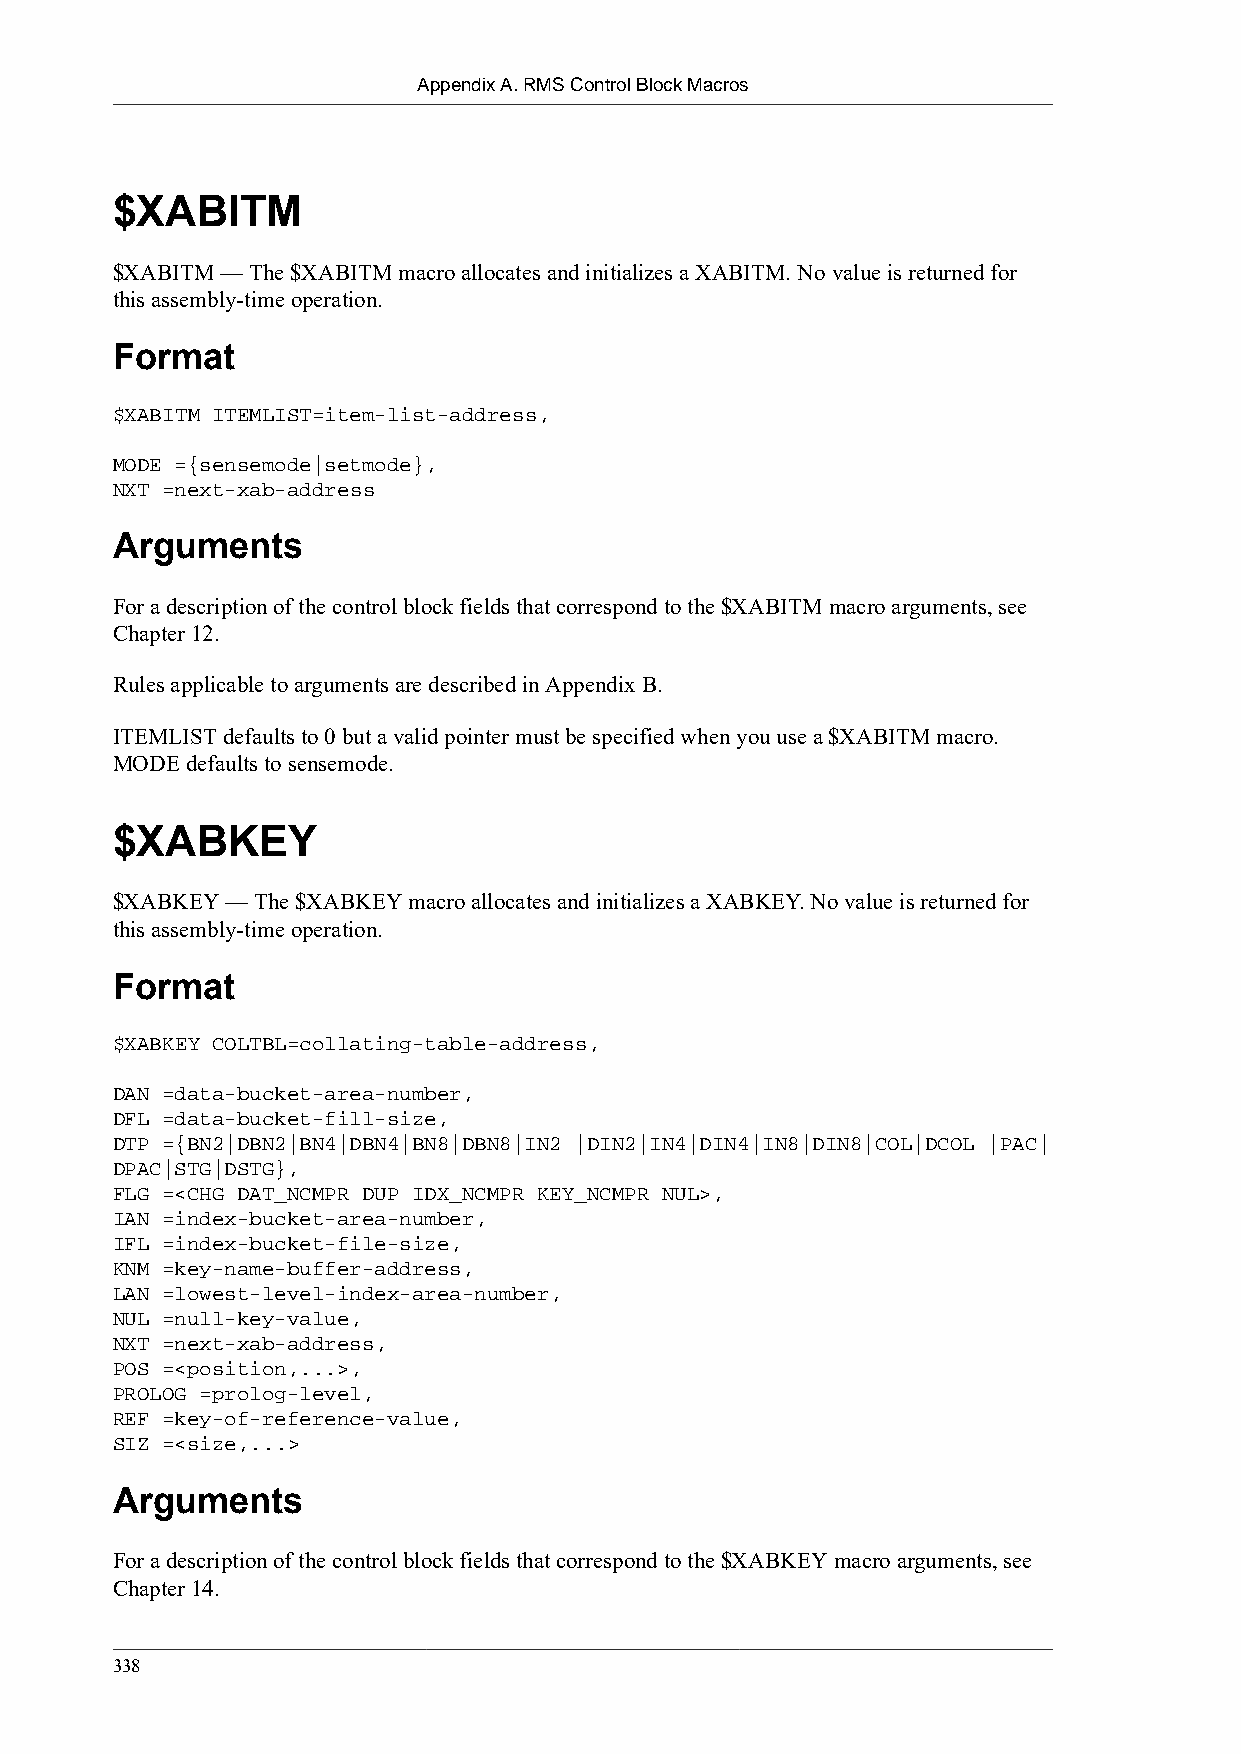
Appendix A. RMS Control Block Macros
 $XABITM
 $XABITM — The $XABITM macro allocates and initializes a XABITM. No value is returned for
 this assembly-time operation.
 Format
 $XABITM ITEMLIST=item-list-address,
 MODE ={sensemode|setmode},
 NXT =next-xab-address
 Arguments
 For a description of the control block fields that correspond to the $XABITM macro arguments, see
 Chapter 12.
 Rules applicable to arguments are described in Appendix B.
 ITEMLIST defaults to 0 but a valid pointer must be specified when you use a $XABITM macro.
 MODE defaults to sensemode.
 $XABKEY
 $XABKEY — The $XABKEY macro allocates and initializes a XABKEY. No value is returned for
 this assembly-time operation.
 Format
 $XABKEY COLTBL=collating-table-address,
 DAN =data-bucket-area-number,
 DFL =data-bucket-fill-size,
 DTP ={BN2|DBN2|BN4|DBN4|BN8|DBN8|IN2 |DIN2|IN4|DIN4|IN8|DIN8|COL|DCOL |PAC|
 DPAC|STG|DSTG},
 FLG =<CHG DAT_NCMPR DUP IDX_NCMPR KEY_NCMPR NUL>,
 IAN =index-bucket-area-number,
 IFL =index-bucket-file-size,
 KNM =key-name-buffer-address,
 LAN =lowest-level-index-area-number,
 NUL =null-key-value,
 NXT =next-xab-address,
 POS =<position,...>,
 PROLOG =prolog-level,
 REF =key-of-reference-value,
 SIZ =<size,...>
 Arguments
 For a description of the control block fields that correspond to the $XABKEY macro arguments, see
 Chapter 14.
 338